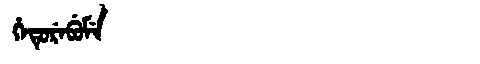
Manchu: ᡥᡝᡨᡠᡵᡝᠪᡠᠮᡝ
Romanization: HETUREBUME